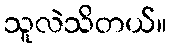
သူလဲသိတယ်။